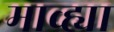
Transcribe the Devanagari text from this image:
माव्ह्या